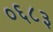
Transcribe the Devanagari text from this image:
०६८३